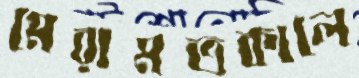
মেরামতকালে